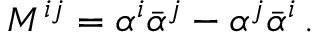
M ^ { i j } = \alpha ^ { i } \bar { \alpha } ^ { j } - \alpha ^ { j } \bar { \alpha } ^ { i } \, .